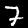
Label: 7